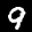
Label: 9